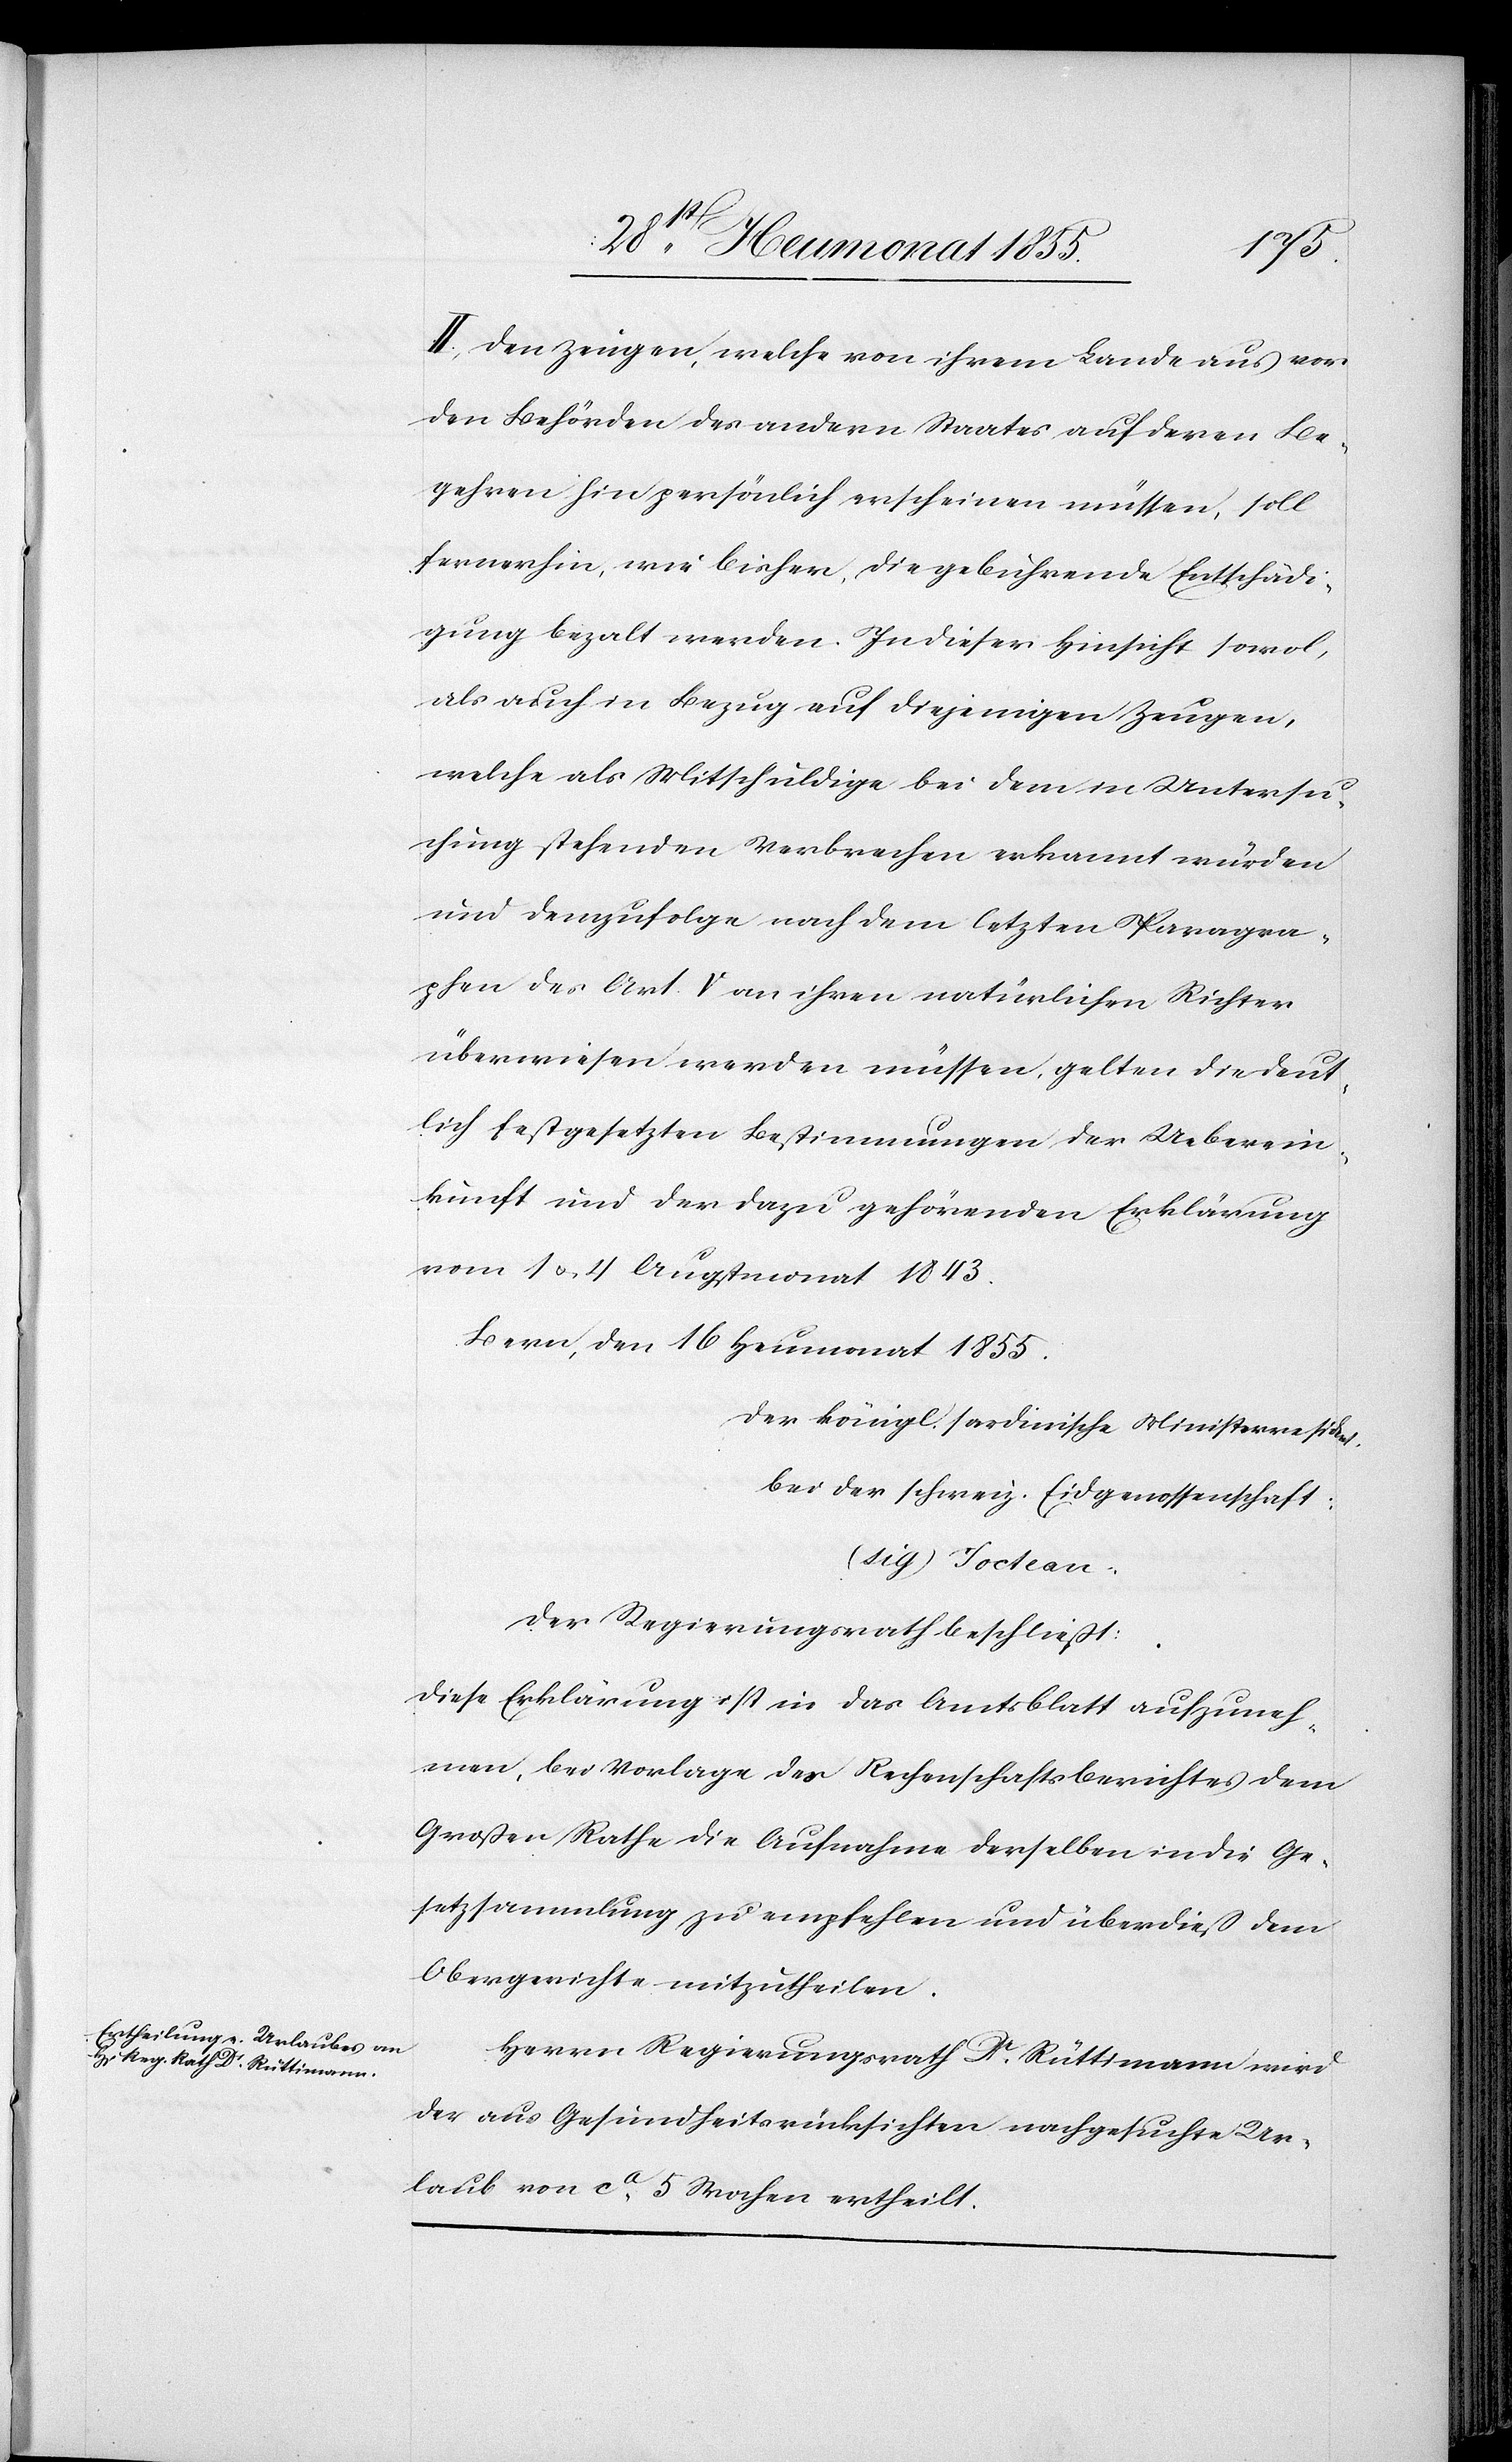
II, Den Zeugen, welche von ihrem Lande aus vor
den Behörden des andern Staates auf deren Be¬
gehren hin persönlich erscheinen müssen, soll
fernerhin, wie bisher, die gebührende Entschädi¬
gung bezalt werden. In dieser Hinsicht sowol,
als auch in Bezug auf diejenigen Zeugen,
welche als Mitschuldige bei dem in Untersu¬
chung stehenden Verbrechen erkannt wurden
und demzufolge nach dem letzten Paragra¬
phen des Art. V an ihren natürlichen Richter
überwiesen werden müssen, gelten die deut¬
lich festgesetzten Bestimmungen der Ueberein¬
kunft und der dazu gehörenden Erklärung
vom 1 & 4 Augstmonat 1843.
Bern, den 16 Heumonat 1855.
Der königl. sardinische Ministerresident.
bei der schweiz. Eidgenossenschaft:
(sig) Joctean.
Der Regierungsrath beschließt:
Diese Erklärung ist in das Amtsblatt aufzuneh¬
men, bei Vorlage des Rechenschaftsberichtes dem
Großen Rathe die Aufnahme derselben in die Ge¬
setzsammlung zu empfehlen und überdieß dem
Obergerichte mitzutheilen.
Herrn Regierungsrath Dr. Rüttimann wird
der aus Gesundheitsrücksichten nachgesuchte Ur¬
laub von ca. 5 Wochen ertheilt.